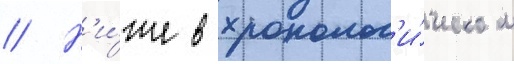
// Н'и́же в хронолог'и́ческом